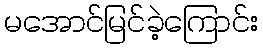
မအောင်မြင်ခဲ့ကြောင်း